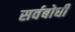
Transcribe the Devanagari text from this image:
सर्वबोधी